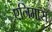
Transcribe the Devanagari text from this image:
एनिमास